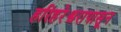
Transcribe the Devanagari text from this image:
हरिहरेश्वरापासून